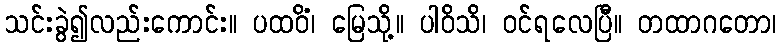
သင်းခွဲ၍လည်းကောင်း။ ပထဝိံ၊ မြေသို့။ ပါဝိသိ၊ ဝင်ရလေပြီ။ တထာဂတော၊